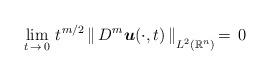
LaTeX: \begin{align*}\lim_{t\,\rightarrow\,0}\,t^{\:\!m/2}\,\|\, D^{m} \mbox{\boldmath $u$}(\cdot,t) \,\|_{\mbox{}_{\scriptstyle L^{2}(\mathbb{R}^{n})}}\!=\, 0\end{align*}